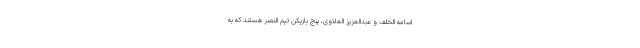
اسامه الخلف و عبدالعزیز العلاوی، پنج بازیکن تیم النصر هستند که به